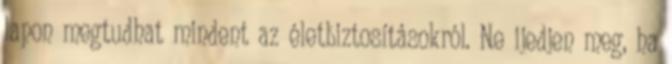
lapon megtudhat mindent az életbiztosításokról. Ne ijedjen meg, ha